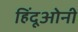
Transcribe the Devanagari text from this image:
हिंदूओनी